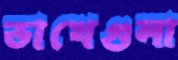
ভাখেগুলা